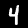
Digit: 4